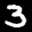
Label: 3